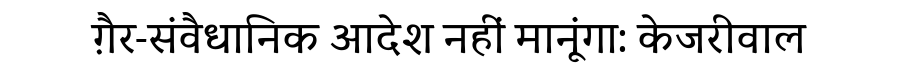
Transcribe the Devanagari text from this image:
ग़ैर-संवैधानिक आदेश नहीं मानूंगा: केजरीवाल